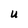
Character: u